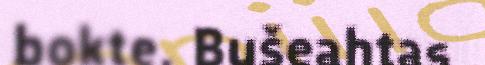
bokte. Bušeahtas